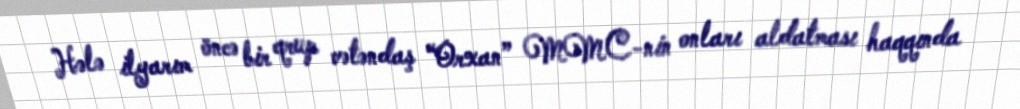
Hələ ilyarım öncə bir qrup vətəndaş “Orxan” MMC-nin onları aldatması haqqında